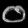
Digit: ၀